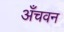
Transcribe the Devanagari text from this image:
अँचवन